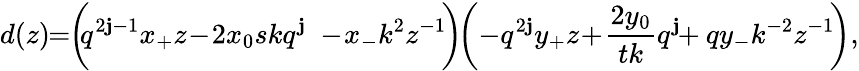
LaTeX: d(z)\! \! =\! \! \left(\! \! q^{2\mathbf{j}-1}x_{+}z\! -\! 2x_{0}skq^{\mathbf{j}}\phantom{\frac{{q^{\mathbf{j}}}}{{s}}}\! \! \! \! \! \! -\! x_{-}k^{2}z^{-1}\! \right)\! \! \left(-q^{2\mathbf{j}}y_{+}z\! +\! \frac{{2y_{0}}}{{tk}}q^{\mathbf{j}}\! \! +qy_{-}k^{-2}z^{-1}\! \right),